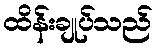
ထိန်းချုပ်သည်